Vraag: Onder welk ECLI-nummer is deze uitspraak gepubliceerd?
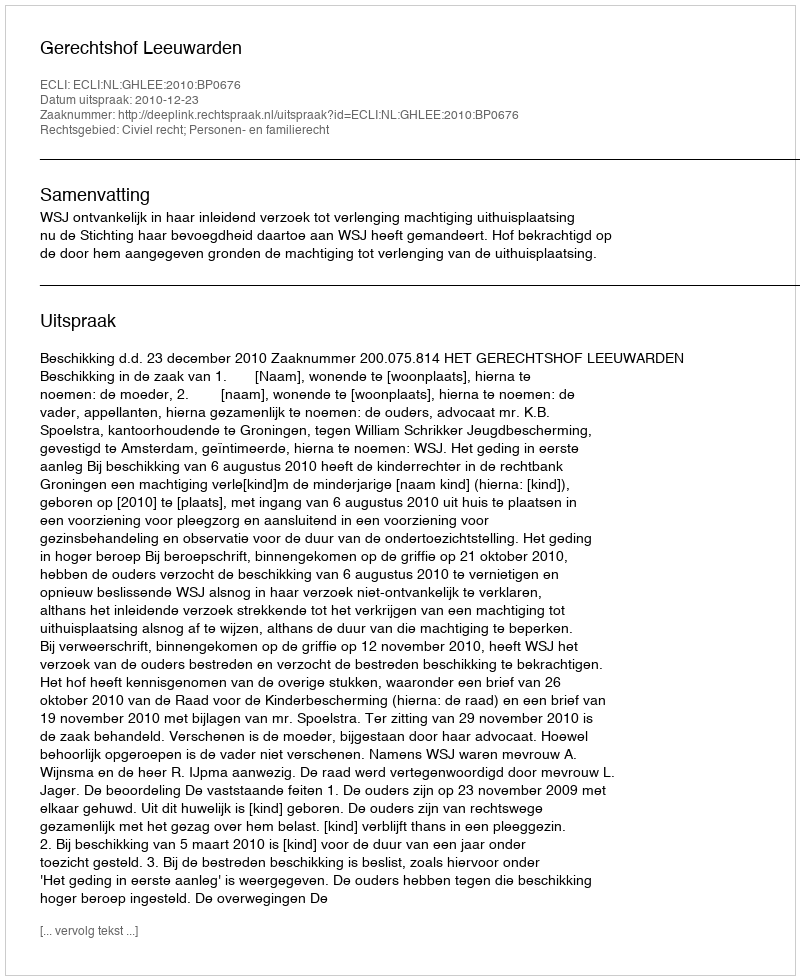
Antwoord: ECLI:NL:GHLEE:2010:BP0676